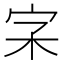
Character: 𡧖